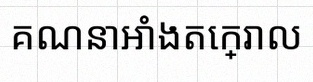
គណនាអាំងតេក្រាល